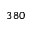
3 8 0